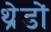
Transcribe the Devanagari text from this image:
थ्रेडों